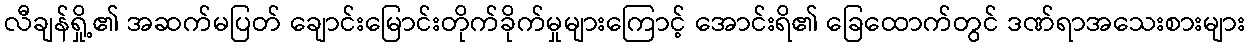
လီချန်ရှို့၏ အဆက်မပြတ် ချောင်းမြောင်းတိုက်ခိုက်မှုများကြောင့် အောင်းရိ၏ ခြေထောက်တွင် ဒဏ်ရာအသေးစားများ